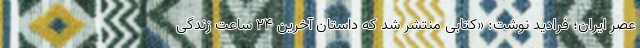
عصر ایران؛ فرادید نوشت: «کتابی منتشر شد که داستان آخرین ۲۴ ساعت زندگی